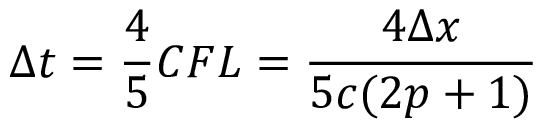
\Delta t = \frac { 4 } { 5 } C F L = \frac { 4 \Delta x } { 5 c ( 2 p + 1 ) }